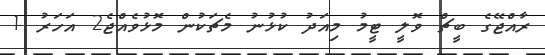
ރާއްޖޭގެ ބީޗް ވޮލީ ޓީމު މިއަދު ކުޅުނު މެޗަކުން މޮޅުވެއްޖެ2 އަހަރު 1